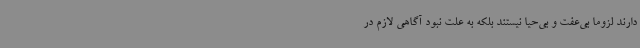
دارند لزوماً بی‌عفت و بی‌حیا نیستند بلکه به علت نبود آگاهی لازم در